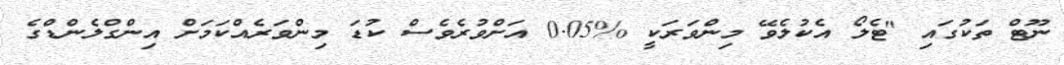
ނޫޓް ތަކުގައި "ޓެލޯ އެކުލެވޭ މިންވަރަކީ %0.05 އަށްވުރެވެސް ކުޑަ މިންވަރެއްކަމަށް އިންގްލެންޑްގެ